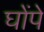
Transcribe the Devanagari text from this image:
घोंपे